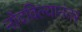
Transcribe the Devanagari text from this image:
नोंदविल्यानंतर